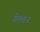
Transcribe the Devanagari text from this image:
गेल्लन